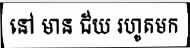
នៅ មាន ជ័យ រហូតមក